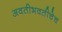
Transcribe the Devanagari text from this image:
अवतीभवतीचेच